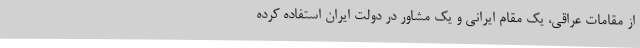
از مقامات عراقی، یک مقام ایرانی و یک مشاور در دولت ایران استفاده کرده